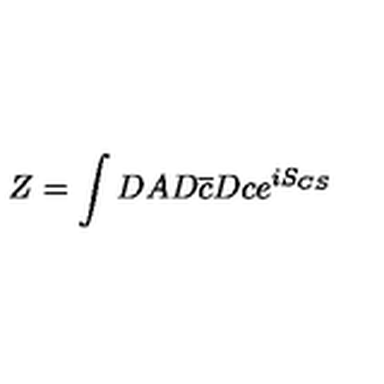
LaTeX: Z = \int D A D \overline { { c } } D c e ^ { i S _ { C S } }